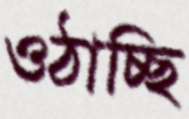
ওঠাচ্ছি